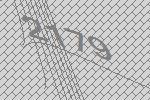
2179